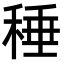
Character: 䅜